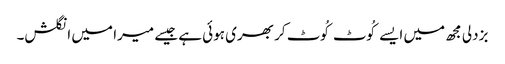
بزدلی مجھ میں ایسے کُوٹ کُوٹ کر بھری ہوئی ہے جیسے میرا میں انگلش۔